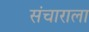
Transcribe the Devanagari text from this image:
संचाराला